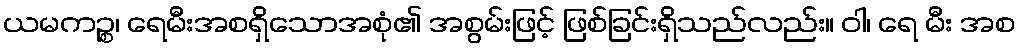
ယမကဉ္စ၊ ရေမီးအစရှိသောအစုံ၏ အစွမ်းဖြင့် ဖြစ်ခြင်းရှိသည်လည်း။ ဝါ၊ ရေ မီး အစ